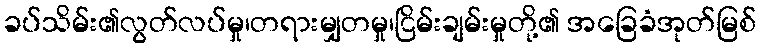
ခပ်သိမ်း၏လွတ်လပ်မှု၊တရားမျှတမှု၊ငြိမ်းချမ်းမှုတို့၏ အခြေခံအုတ်မြစ်